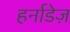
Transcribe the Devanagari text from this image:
हर्नाडेज़